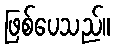
ဖြစ်ပေသည်။